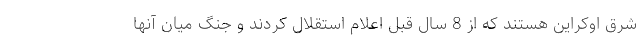
شرق اوکراین هستند که از 8 سال قبل اعلام استقلال کردند و جنگ میان آنها